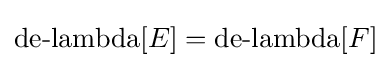
\operatorname {de-lambda} [E]=\operatorname {de-lambda} [F]